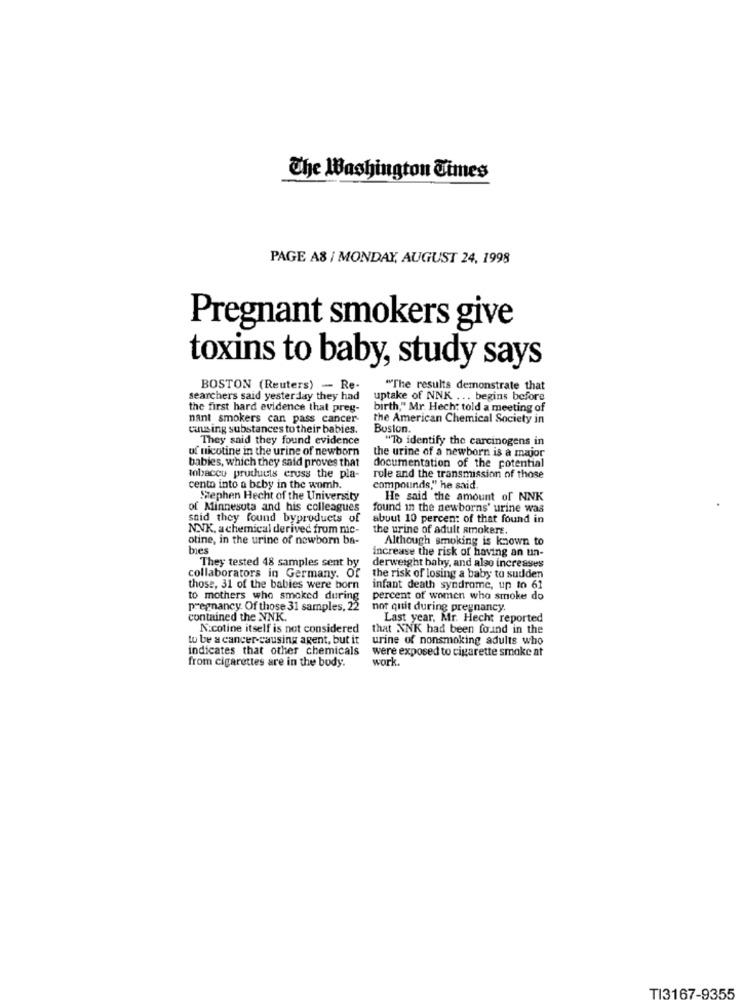
The Washington Times
PAGE A8 / MONDAY, AUGUST 24, 1998
Pregnant smokers give
toxins to baby, study says
BOSTON (Reuters) - Re-
"The results demonstrate that
searchers said yesterday they had
uptake of NNK ... begins before
the first hard evidence that preg-
birth," Mr. Hecht told a meeting of
nant smokers can pass cancer-
the American Chemical Society in
causing substances to their babies.
Boston.
They said they found evidence
"To identify the carcinogens in
uf nicotine in the urine of newborn
babies, which they said proves that
the urine of a newborn is a major
documentation of the potential
tobacco products eruss the pla-
role and the transmission of those
cento into a baby in the womh.
compounds," he said.
Stephen Hecht of the University
He said the amount of NNK
of Minnesota and his colleagues
found in the newborns' urine was
said they found byproducts of
about 10 percent of that found in
NNK, a chemical derived from mic-
the urine of adult smokers.
otine, in the urine of newborn ba-
Although smoking is known to
bes
increase the risk of having an un-
They tested 48 samples sent by
derweight baby, and also increases
collaborators in Germany. Of
the risk of losing a baby to sudden
those, 31 of the babies were born
infant death syndrome, up to 61
to mothers who smoked during
percent of women who smoke do
pregnancy. Of those 31 samples, 22
not quit during pregnancy
contained the NNK.
Last year, Mr. Hecht reported
Nicotine itself is not considered
that NNK had been found in the
to be a cancer-causing agent, but it
urine of nonsmoking adults who
indicates that other chemicals
were exposed to cigarette smoke at
from cigarettes are in the body.
work.
TI3167-9355